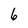
Character: 6